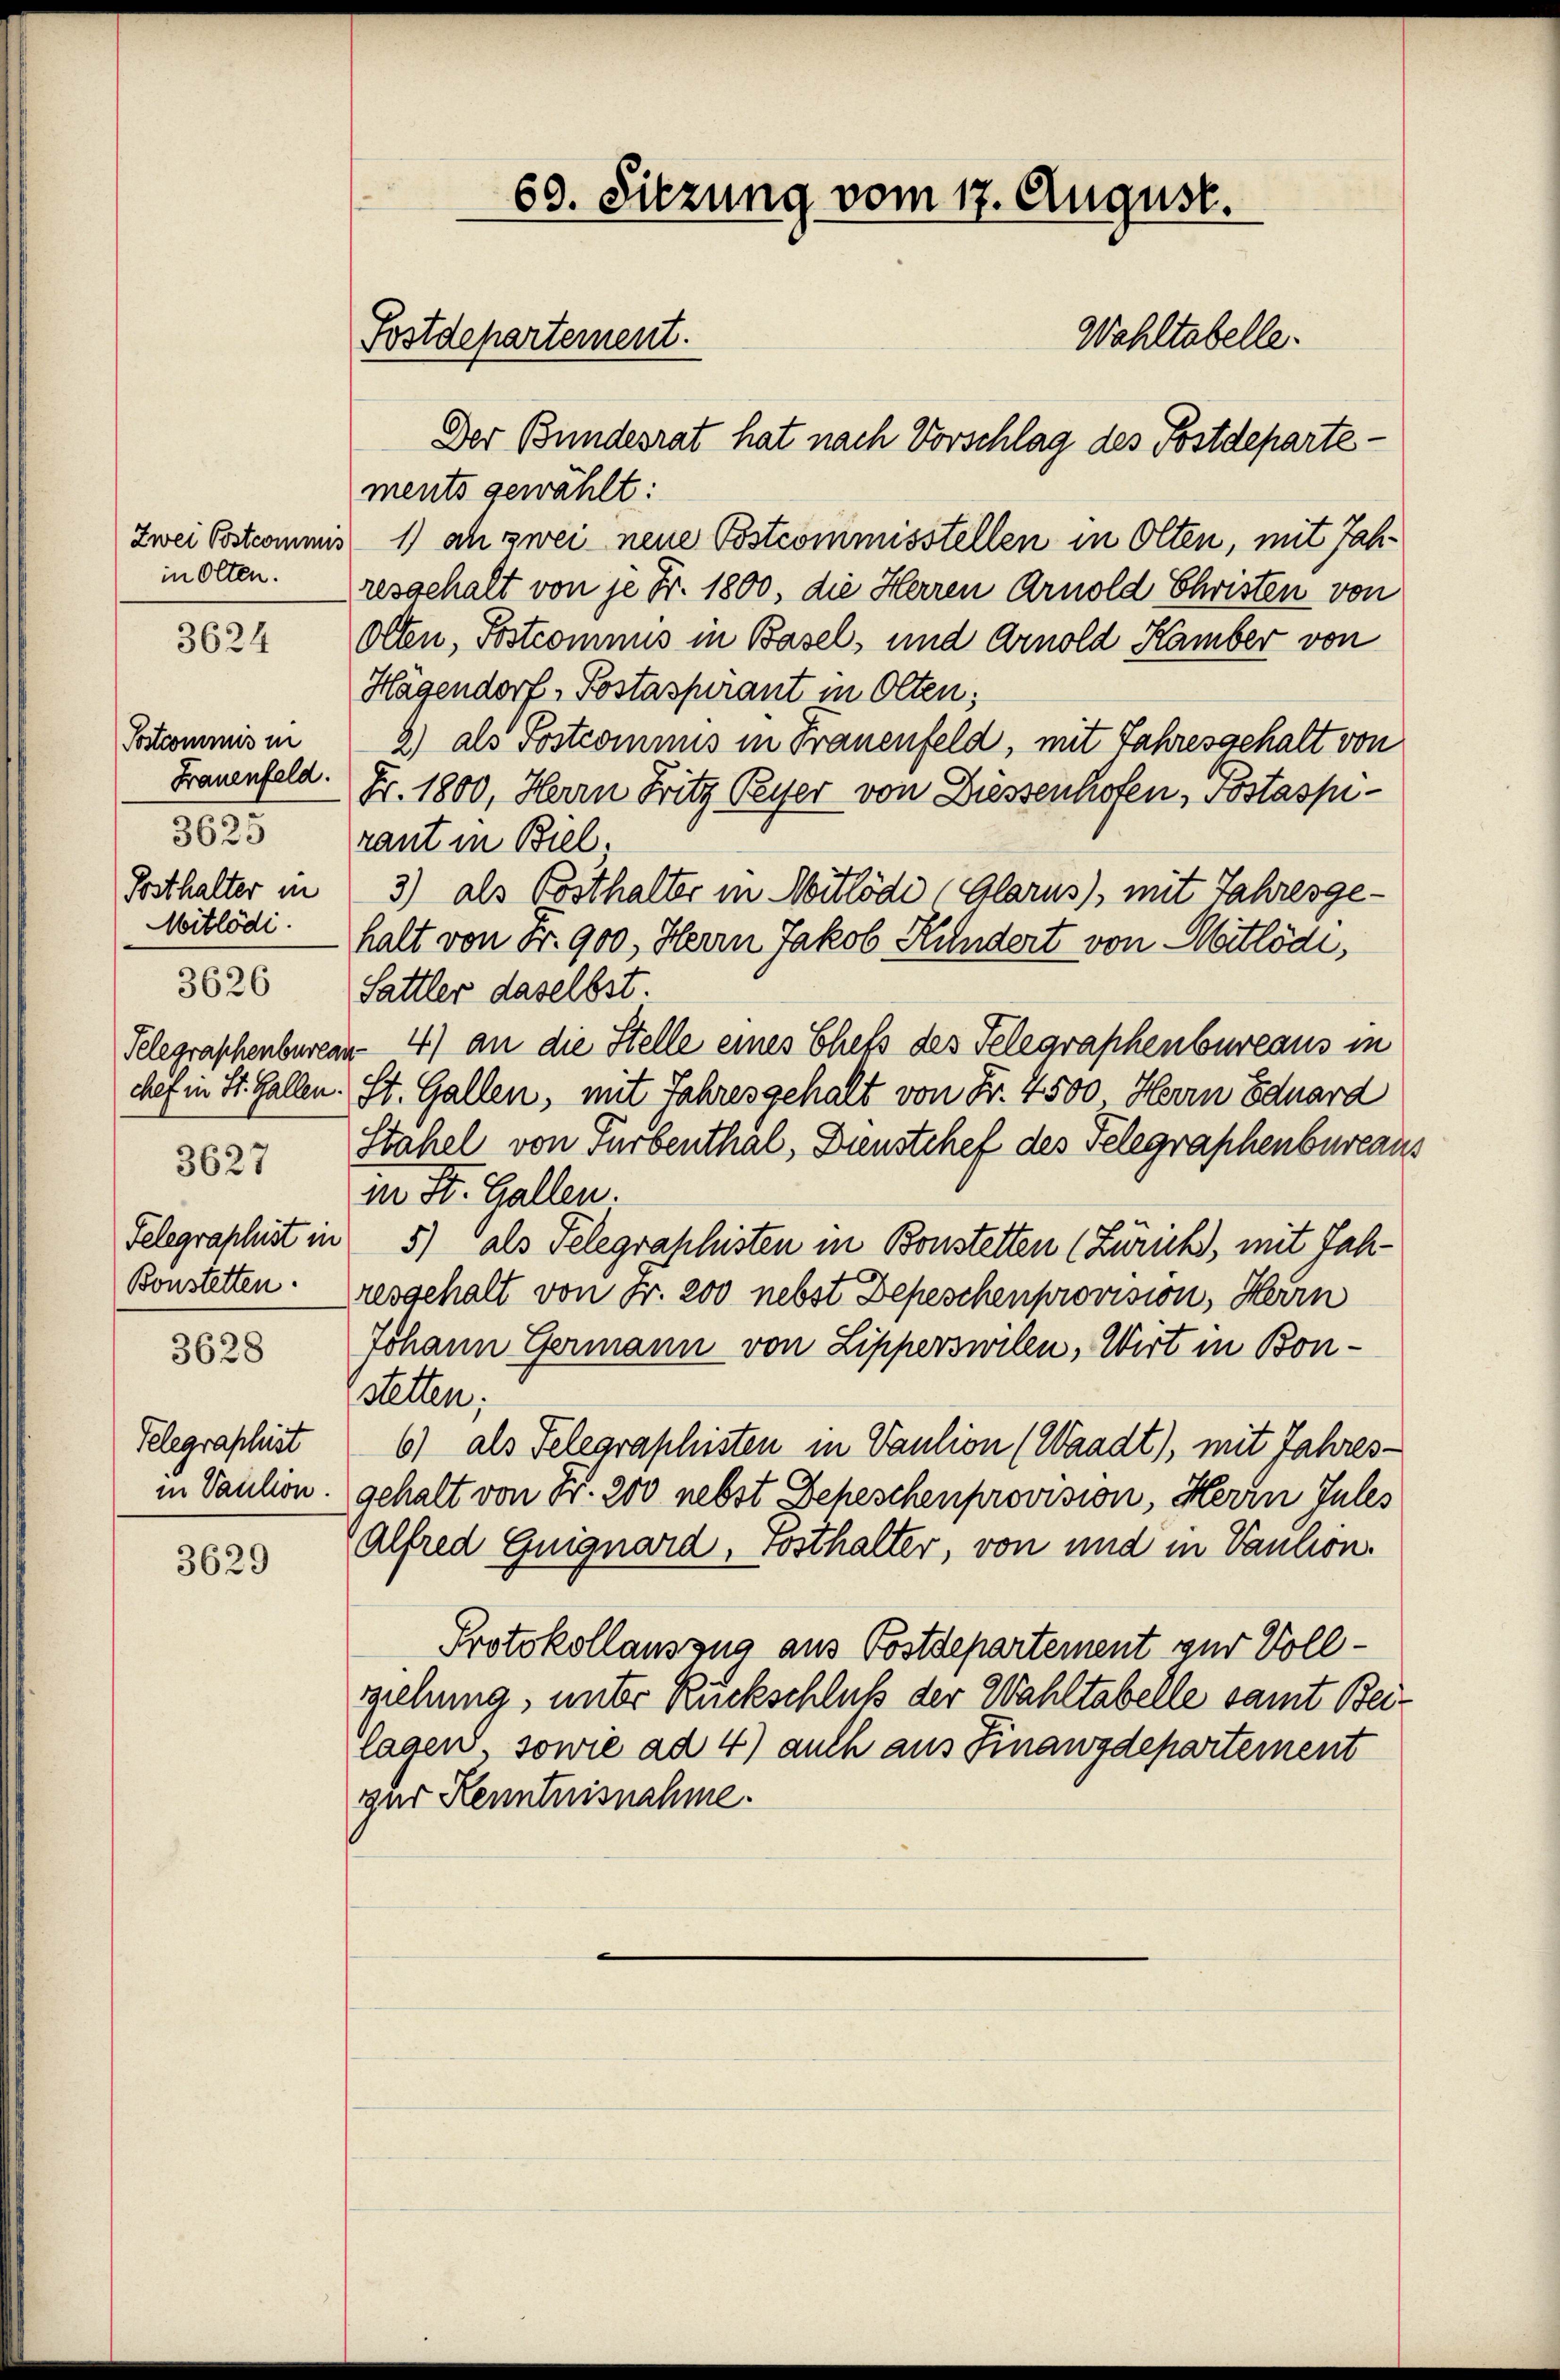
Zwei Postcommis
in Olten.

3624

Postcommis in
Frauenfeld.
3625
Posthalter in
Mitlödi.
Telegraphenburge
chef in St. Gallen.
3627
Telegraphist in
Bonstetten.

3626

3628

Telegraphist
in Paulion.

3629

69. Sitzung vom 17. August.
Wahltabelle.
Postdepartement.
Der Bundesrat hat nach Vorschlag des Postdeparte¬

ments gewählt:
1) ah zwei neue Postcommisstellen in Olten, mit Jahresgehalt von je Fr. 1800, die Herren Arnold Christen von
Otten, Postcomnus in Basel, und Arnold Kamber von
Hagendorf, Postaspirant in Olten;
2) als Postcomnus in Frauenfeld, mit Jahresgehalt von
Fr. 1800, Herrn Fritz Reiser von Diessenhofen, Postaspirant in Biel.
3) als Posthalter in Mitlöde Glarus), mit Jahresgehalt von Fr. 900, Herrn Jakob Kundert von Matlödi,
Sattler daselbst
 4) an die Stelle eines Chefs des Telegraphenbureaus in
St. Gallen, mit Jahresgehalt von Fr. 4500 Herrn Eduard
Stahel von Turbenthal, Dienstchef des Telegraphenbureaus
in St. Gallen.
5) als Telegraphisten in Bonstetten (Zürich, mit Jahresgehalt von Fr. 200 nebst Depeschenprovision, Herrn
Johann Germann von Lipperswilen, Wirt in Bonstetten;
6) als Telegraphisten in Paulion (Waadt), mit Jahresgehalt von Fr. 200 nebst Zeheschenprovision, Herrn Jules
Alfred Guignard, rosthalter, von und in Vaution.
Protokollauszug aus Postdepartement zur Vollziehung, unter Rückschluß der Wahltabelle samt Beilagen, sowie ad 4) auch aus Finanzdepartement
zur Kenntnisnahme.